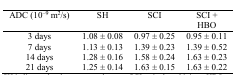
| ADC (10-9 m2/s) | SH | SCI | SCI + HBO |
 | --- | --- | --- | --- |
 | 3 days | 1.08 ± 0.08 | 0.97 ± 0.25 | 0.95 ± 0.11 |
 | 7 days | 1.13 ± 0.13 | 1.39 ± 0.23 | 1.39 ± 0.52 |
 | 14 days | 1.28 ± 0.16 | 1.58 ± 0.24 | 1.63 ± 0.23 |
 | 21 days | 1.25 ± 0.14 | 1.63 ± 0.15 | 1.63 ± 0.22 |